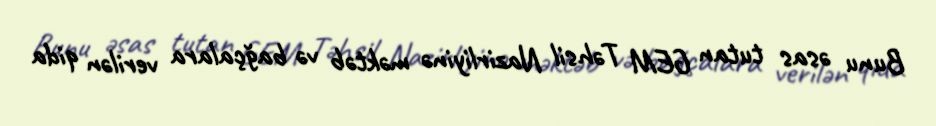
Bunu əsas tutan GEM Təhsil Nazirliyinə məktəb və bağçalara verilən qida